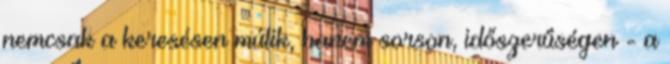
nemcsak a keresésen múlik, hanem sorson, időszerűségen - a